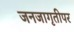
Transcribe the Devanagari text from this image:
जनजागृतीपर